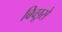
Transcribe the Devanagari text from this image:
बिच्छूसे